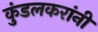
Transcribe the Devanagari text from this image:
कुंडलकरांनी